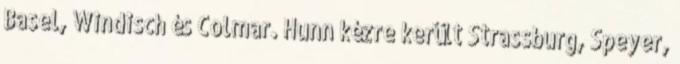
Basel, Windisch és Colmar. Hunn kézre került Strassburg, Speyer,